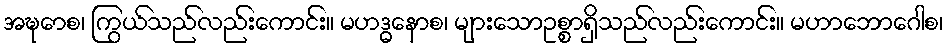
အဍ္ဎောစ၊ ကြွယ်သည်လည်းကောင်း။ မဟဒ္ဓနောစ၊ များသောဥစ္စာရှိသည်လည်းကောင်း။ မဟာဘောဂေါစ၊